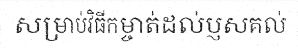
សម្រាប់វិធីកម្ចាត់ដល់ប្ញសគល់